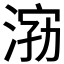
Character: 𱦿